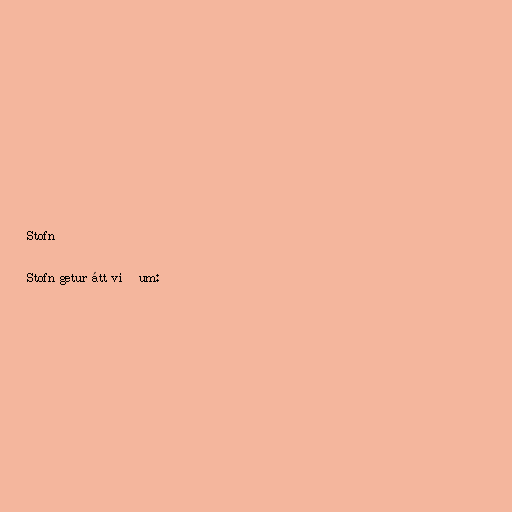
Stofn

Stofn getur átt við um: